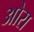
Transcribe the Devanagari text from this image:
ओरा